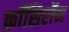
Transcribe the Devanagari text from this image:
क्रॉसिरॉन